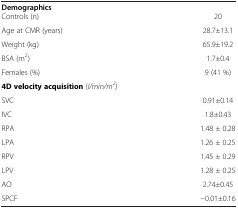
| Demographics |  |
 | --- | --- |
 | Controls (n) | 20 |
 | Age at CMR (years) | 28.7±13.1 |
 | Weight (kg) | 65.9±19.2 |
 | BSA (m2) | 1.7±0.4 |
 | Females (%) | 9 (41 %) |
 | 4D velocity acquisition (l/min/m2) |  |
 | SVC | 0.91±0.14 |
 | IVC | 1.8±0.43 |
 | RPA | 1.48 ± 0.28 |
 | LPA | 1.26 ± 0.25 |
 | RPV | 1.45 ± 0.29 |
 | LPV | 1.28 ± 0.25 |
 | AO | 2.74±0.45 |
 | SPCF | −0.01±0.16 |